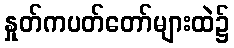
နှုတ်ကပတ်တော်များထဲ၌